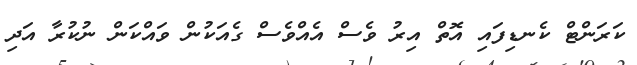
ކަރަންޓް ކެނޑިފައި އޮތް އިރު ވެސް އެއްވެސް ގެއަކުން ވައްކަން ނުކުރާ އަދި